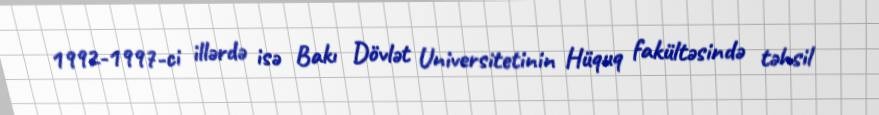
1992-1997-ci illərdə isə Bakı Dövlət Universitetinin Hüquq fakültəsində təhsil